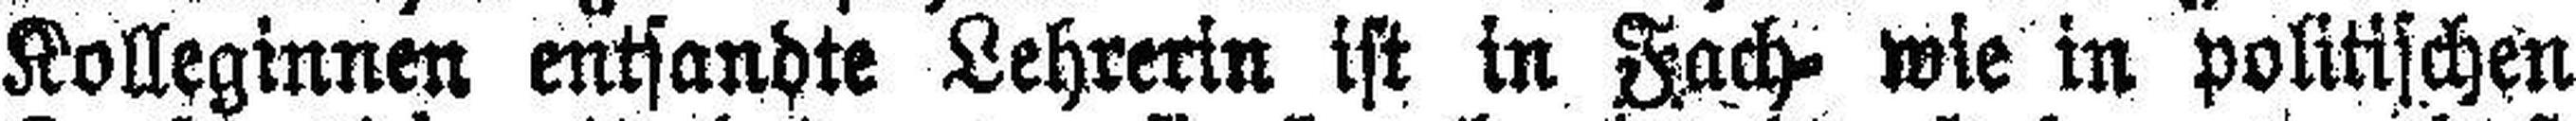
Kolleginnen entsandte Lehrerin ist in Fach= wie in politischen